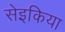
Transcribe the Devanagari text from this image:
सेइकिया